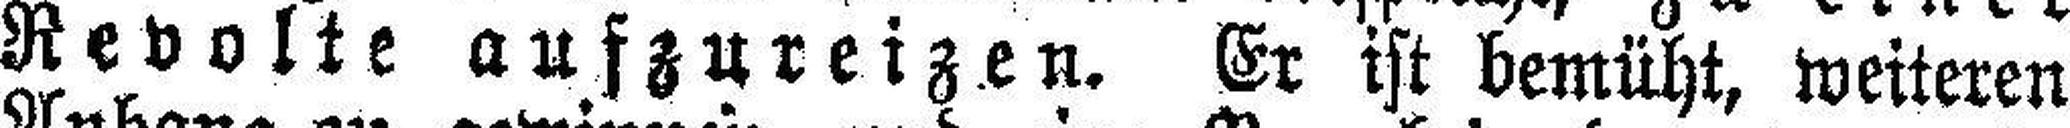
Revolte aufzureizen. Er ist bemüht, weiteren